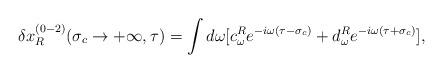
LaTeX: \begin{align*}\delta x_R^{(0-2)}(\sigma_c\rightarrow+\infty,\tau)=\int d\omega[c^R_\omega e^{-i\omega(\tau-\sigma_c)}+d^R_\omega e^{-i\omega(\tau+\sigma_c)}],\end{align*}